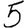
Digit: 5